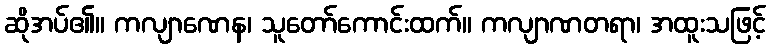
ဆိုအပ်၏။ ကလျာဏေန၊ သူတော်ကောင်းထက်။ ကလျာဏတရာ၊ အထူးသဖြင့်